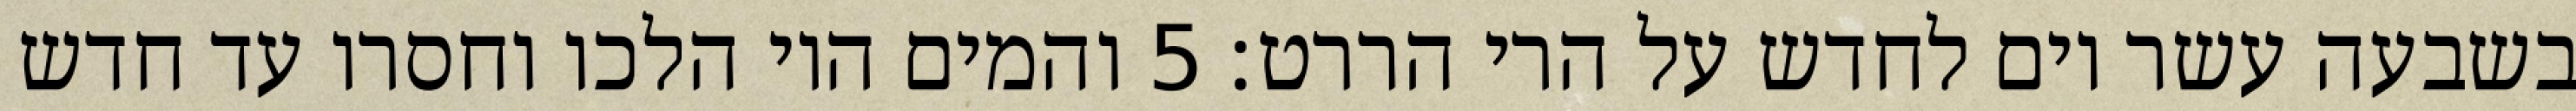
בשבעה עשר יום לחדש על הרי הררט׃ ‎5‏ והמים היו הלכו וחסרו עד חדש